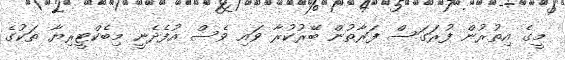
މީގެ އިތުރުން ފުރަގަސް ފަރާތުން ބޭރުކުރާ ވައި ވެސް އުފެދެނީ މިބެކްޓީރިޔާ ތަކުގެ